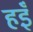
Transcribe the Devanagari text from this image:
हइँ